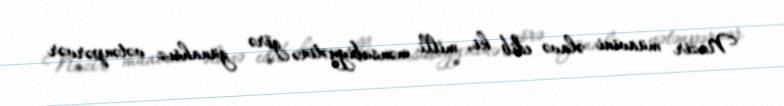
Nazir müavini əlavə edib ki, milli mənsubiyyətinə görə günahsız vətənpərvər